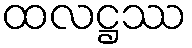
ထလဋ္ဌဿ